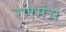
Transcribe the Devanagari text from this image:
रणमंच